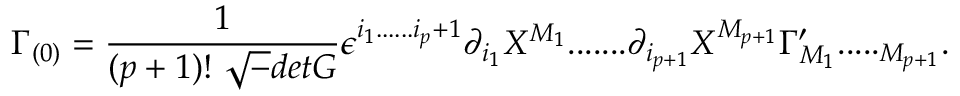
\Gamma _ { ( 0 ) } = { \frac { 1 } { ( p + 1 ) ! ~ { \sqrt - d e t G } } } \epsilon ^ { i _ { 1 } . . . . . . i _ { p } + 1 } \partial _ { i _ { 1 } } X ^ { M _ { 1 } } . . . . . . . \partial _ { i _ { p + 1 } } X ^ { M _ { p + 1 } } \Gamma _ { M _ { 1 } } ^ { \prime } . . . . . _ { M _ { p + 1 } } .